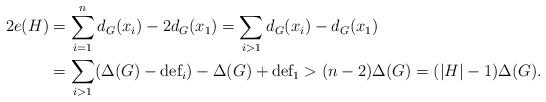
LaTeX: \begin{align*}2e(H)&=\sum_{i=1}^n d_G(x_i)-2d_G(x_1)=\sum_{i>1} d_G(x_i)-d_G(x_1) \\ &=\sum_{i>1} (\Delta(G)-\mbox{def}_i)-\Delta(G)+\mbox{def}_1>(n-2)\Delta(G)=(|H|-1)\Delta(G).\end{align*}